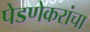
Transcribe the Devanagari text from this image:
पेडणेकरांचा